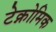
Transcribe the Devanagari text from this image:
टेक्नोमिक